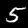
Label: 5